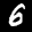
Label: 6